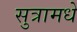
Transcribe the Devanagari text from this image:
सुत्रामधे